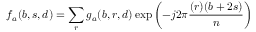
f _ { a } ( b , s , d ) = \sum _ { r } g _ { a } ( b , r , d ) \exp \left( - j 2 \pi { \frac { ( r ) ( b + 2 s ) } { n } } \right)